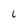
Character: L